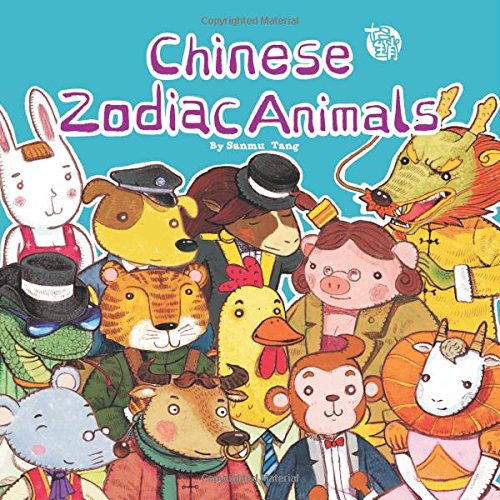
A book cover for Chinese Zodiac Animals; Sanmu Tang; Children's Books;